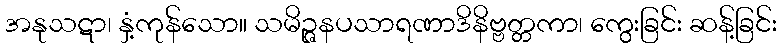
အနုသဋာ၊ နှံ့ကုန်သော။ သမိဉ္ဇနပသာရဏာဒိနိဗ္ဗတ္တကာ၊ ကွေးခြင်း ဆန့်ခြင်း